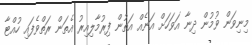
މިނިވަން ވުމުން ދިނާ އަވަހަށް އަނެއް އަތުން ފިރުމާލިއިރު އެތަން ރަތްވެފައި ހުއްޓާ